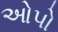
ઓપો